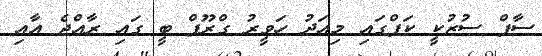
ސާފް ސުޒުކީ ކަޕްގައި މިއަދު ހަވީރު ގްރޫޕް ބީ ގައި ރާއްޖެ އާއި